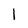
Character: 1